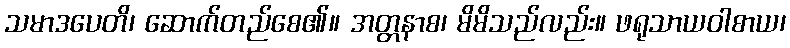
သမာဒပေတိ၊ ဆောက်တည်စေ၏။ အတ္တနာစ၊ မိမိသည်လည်း။ ဖရုသာယဝါစာယ၊